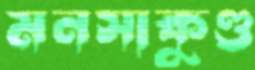
মনসাকুণ্ড